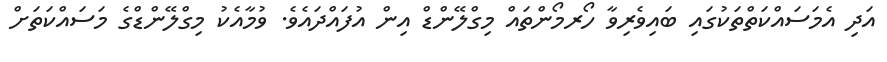
އަދި އެމަސައްކަތްތަކުގައި ބައިވެރިވާ ހޯރމޯންތައް މިގްލޭންޑް އިން އުފައްދައެވެ. ވުމާއެކު މިގްލޭންޑްގެ މަސައްކަތަށް